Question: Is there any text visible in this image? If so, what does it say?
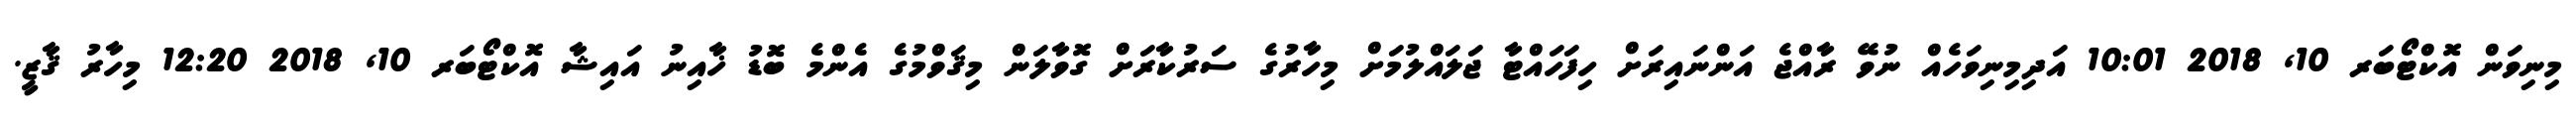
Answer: މިނިވަން އޮކްޓޯބަރ 10, 2018 10:01 އަދިމިނިވަހެއް ނުވޭ ރާއްޖެ އަންނައިރަށް ހިފަހައްޓާ ޖަލައްލުމަށް މިހާރުގެ ސަރުކާރަށް ގޮވާލަން މިޤަވްމުގެ އެންމެ ބޮޑު ޚާއިނު އައިޝާ އޮކްޓޯބަރ 10, 2018 12:20 މިހާރު ޤާޒީ.